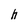
Character: h